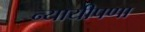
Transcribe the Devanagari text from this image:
न्यायीपणा